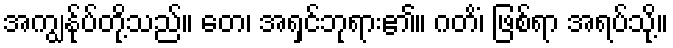
အကျွန်ုပ်တို့သည်။ တေ၊ အရှင်ဘုရား၏။ ဂတိံ၊ ဖြစ်ရာ အရပ်သို့။